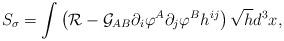
LaTeX: \begin{align*}S_\sigma=\int \left({\cal R}-{\cal G}_{AB}\partial_i\varphi^A\partial_j\varphi^Bh^{ij}\right)\sqrt{h}d^3x,\end{align*}